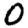
Digit: 0